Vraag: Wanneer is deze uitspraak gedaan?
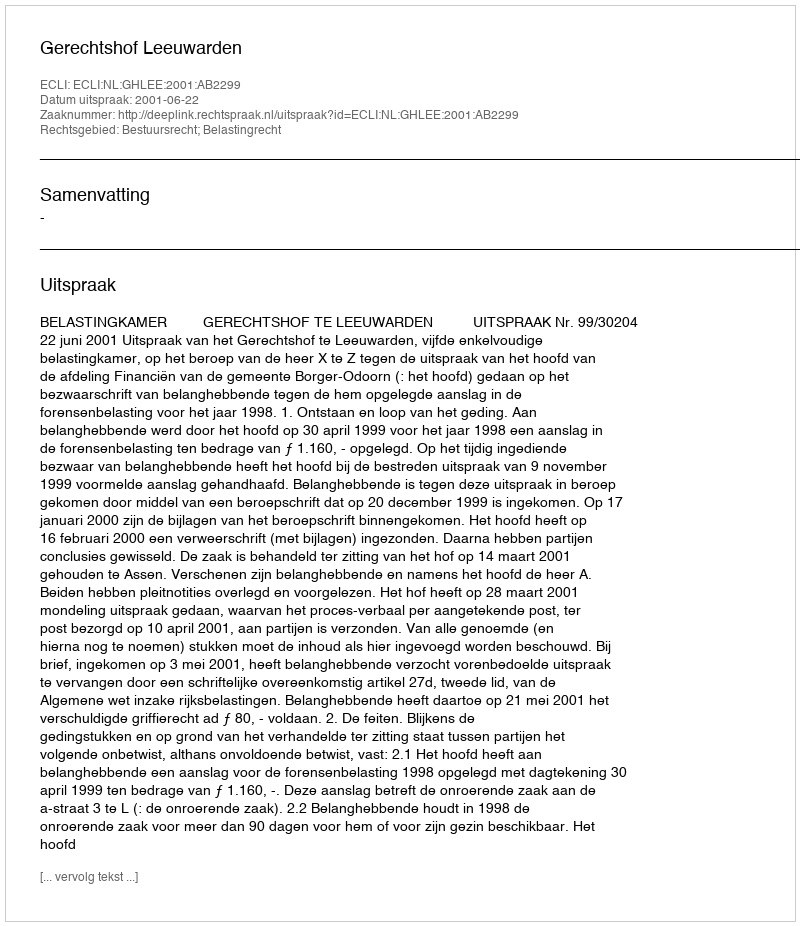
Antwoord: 2001-06-22